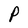
Character: P